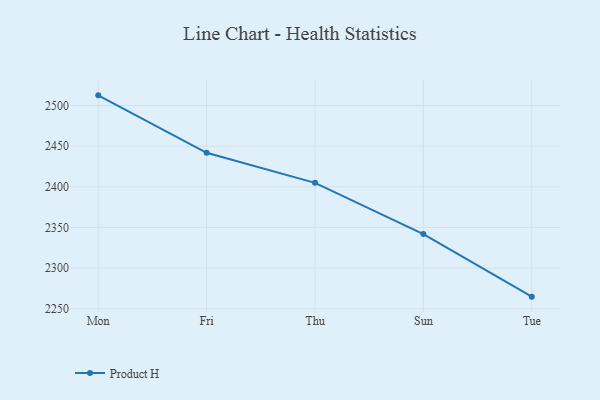
{"axis": {"x": "Day", "y": "LTV (USD)"}, "legend": ["Product H"], "data": [{"x": "Mon", "y": 2512.5, "type": "Product H"}, {"x": "Fri", "y": 2441.8, "type": "Product H"}, {"x": "Thu", "y": 2404.9, "type": "Product H"}, {"x": "Sun", "y": 2341.9, "type": "Product H"}, {"x": "Tue", "y": 2264.9, "type": "Product H"}]}